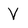
Character: V